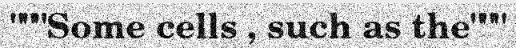
"""Some cells , such as the"""